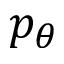
p _ { \theta }